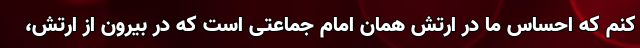
کنم که احساس ما در ارتش همان امام جماعتی است که در بیرون از ارتش،